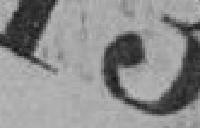
13